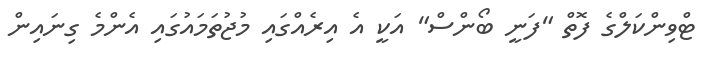
ޓްވިންކަލްގެ ފޮތް "ފަނީ ބޯންސް" އަކީ އެ އިރެއްގައި މުޖުތަމައުގައި އެންމެ ގިނައިން